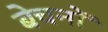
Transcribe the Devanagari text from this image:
बेचनों